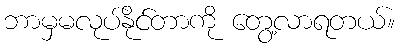
ဘာမှမလုပ်နိုင်တာကို တွေ့လာရတယ်။